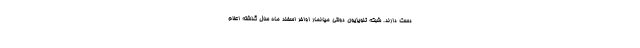
دست دارند. شبکه تلویزیون دولتی میانمار اواخر اسفند ماه سال گذشته اعلام